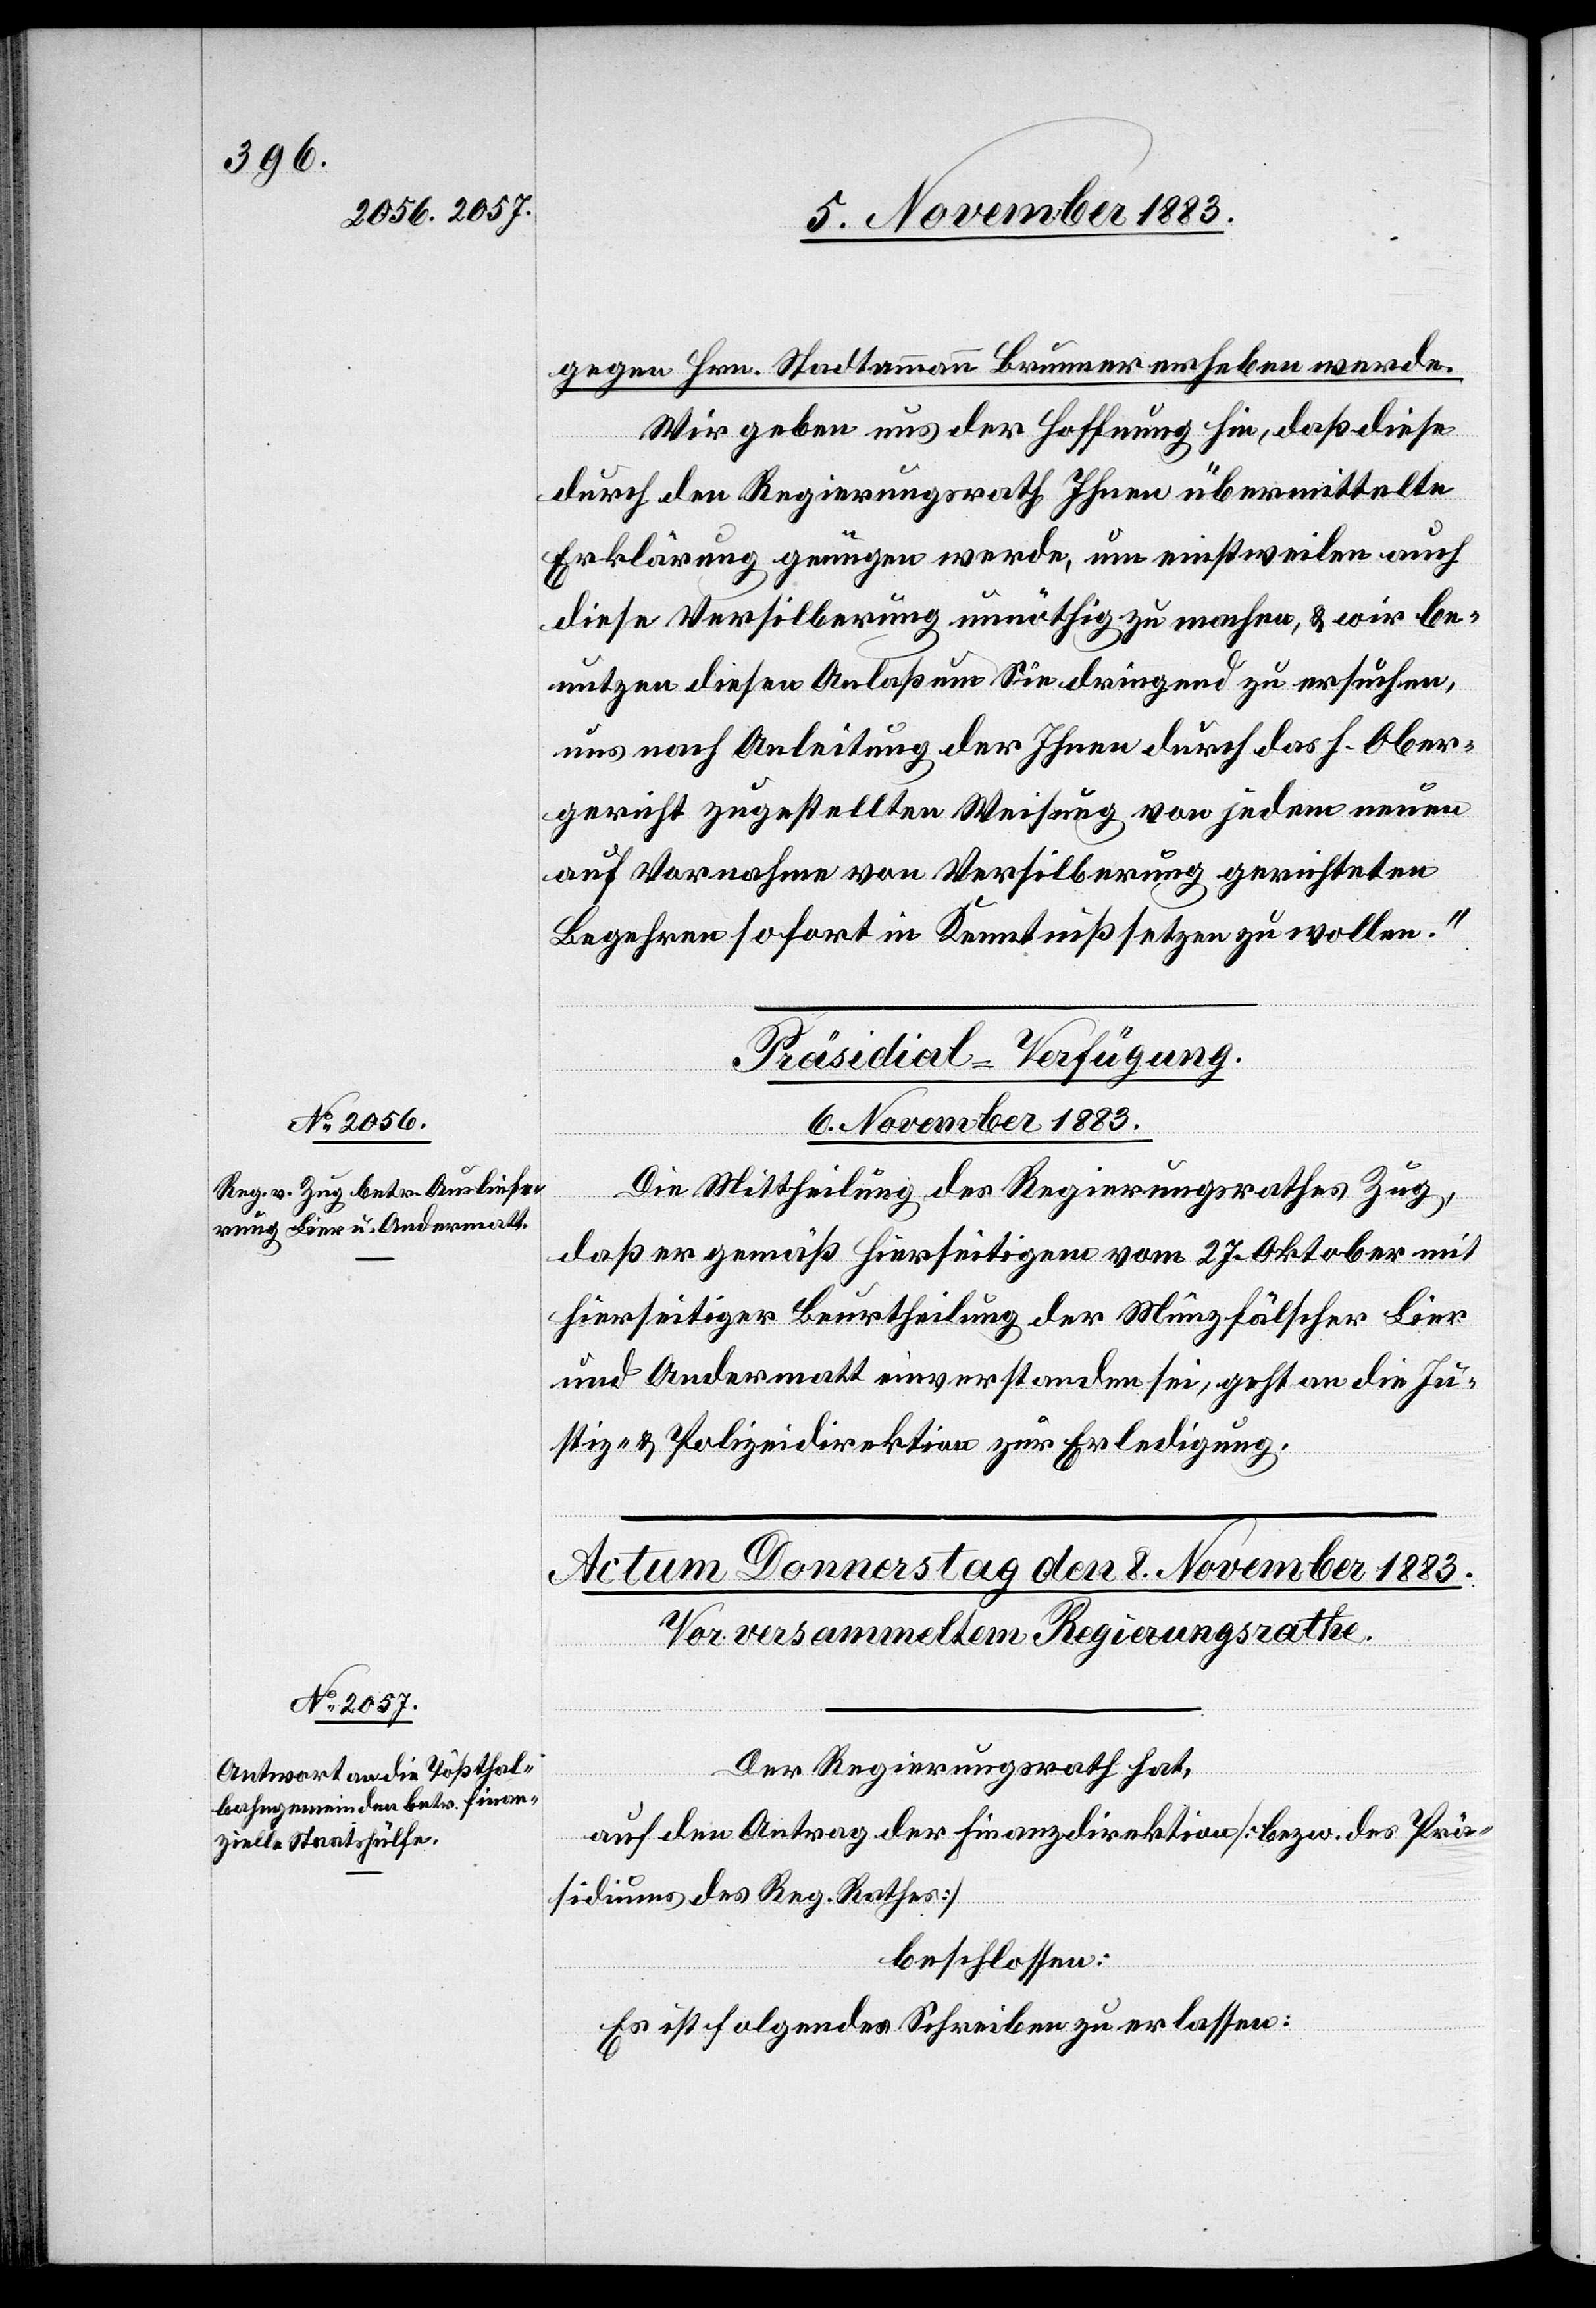
gegen Hrn. Stadtammann Brunner erheben werde.
Wir geben uns der Hoffnung hin, daß diese
durch den Regierungsrath Ihnen übermittelte
Erklärung genügen werde, um einstweilen auch
diese Versilberung unnöthig zu machen, & wir be¬
nutzen diesen Anlaß um Sie dringend zu ersuchen,
uns nach Anleitung der Ihnen durch das h. Ober¬
gericht zugestellten Weisung von jedem neuen
auf Vornahme von Versilberung gerichteten
Begehren sofort in Kenntniß setzen zu wollen.“
Präsidial-Verfügung.
6. November 1883.
Die Mittheilung des Regierungsrathes Zug,
daß er gemäß hierseitigem vom 27. Oktober mit
hierseitiger Beurtheilung der Münzfälscher Lier
und Andermatt einverstanden sei, geht an die Ju¬
stiz- & Polizeidirektion zur Erledigung.
Der Regierungsrath hat,
auf den Antrag der Finanzdirektion [bezw. des Prä¬
sidiums des Reg. Rathes]
beschlossen:
Es ist folgendes Schreiben zu erlassen: